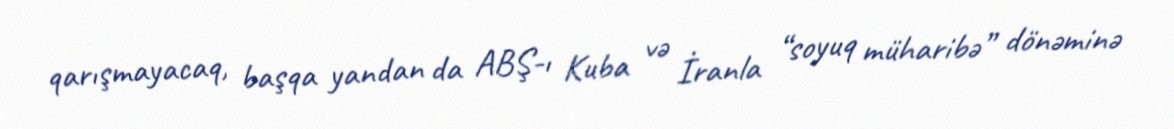
qarışmayacaq, başqa yandan da ABŞ-ı Kuba və İranla “soyuq müharibə” dönəminə